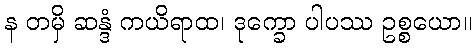
န တမှိ ဆန္ဒံ ကယိရာထ၊ ဒုက္ခော ပါပဿ ဥစ္စယော။